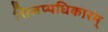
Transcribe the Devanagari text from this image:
शिलप्पधिकारम्‌